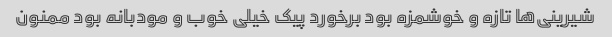
شیرینی‌ها تازه و خوشمزه بود برخورد پیک خیلی خوب و مودبانه بود ممنون